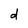
Character: d